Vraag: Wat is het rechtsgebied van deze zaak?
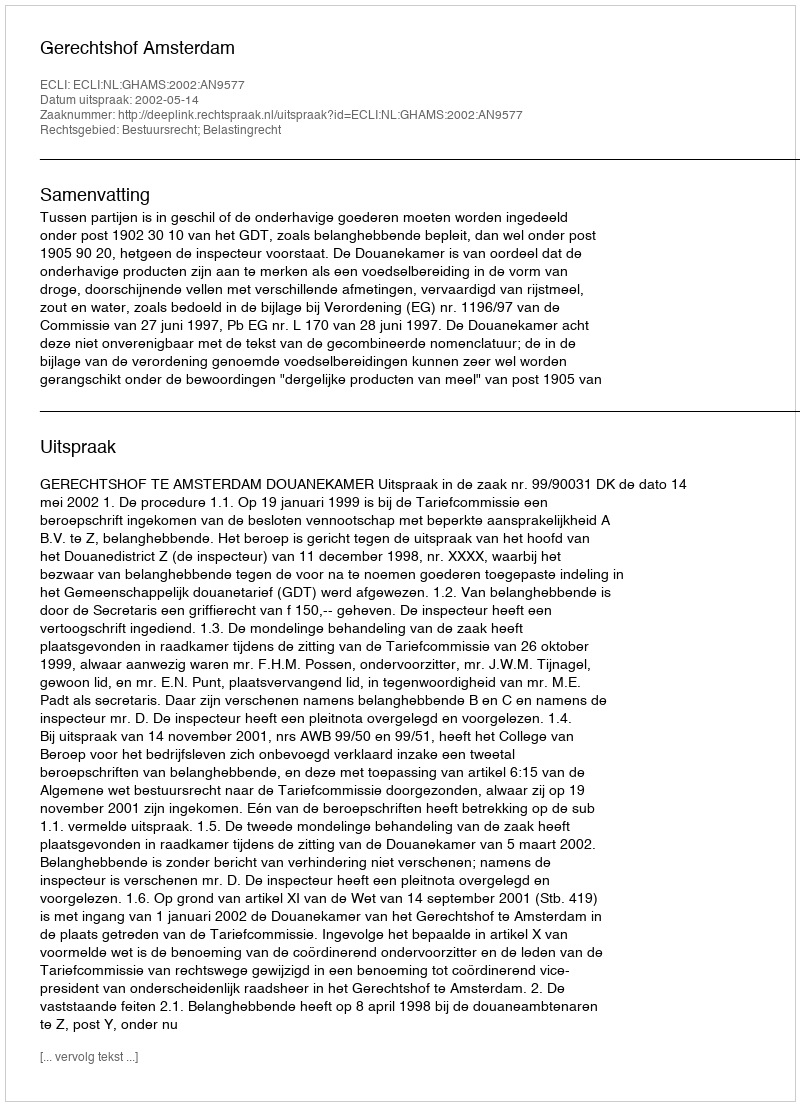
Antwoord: Bestuursrecht; Belastingrecht